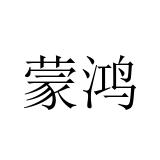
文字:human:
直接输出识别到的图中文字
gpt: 蒙鸿